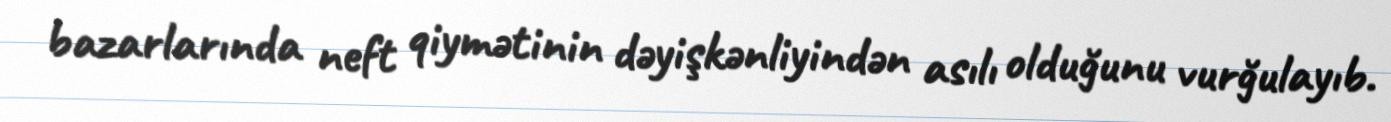
bazarlarında neft qiymətinin dəyişkənliyindən asılı olduğunu vurğulayıb.